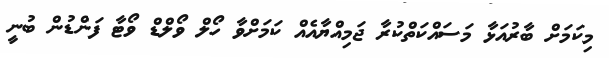
މިކަމަށް ބާރުއަޅާ މަސައްކަތްކުރާ ޖަމިއްޔާއެއް ކަމަށްވާ ހޯލް ވޯލްޑް ވޯޓާ ފަންޑުން ބުނީ